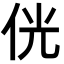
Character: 侊